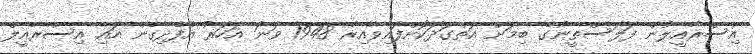
އިސްރާއީލުން ފަލަސްތީނުގެ ބިމަށް އަތްގަދަކޮށްފައިވާއިރު 1948 ވަނަ އަހަރު އުފެދިގެން އައި އިސްރާއީލް